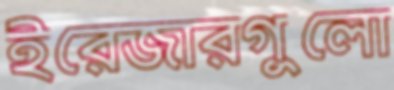
ইরেজারগুলো